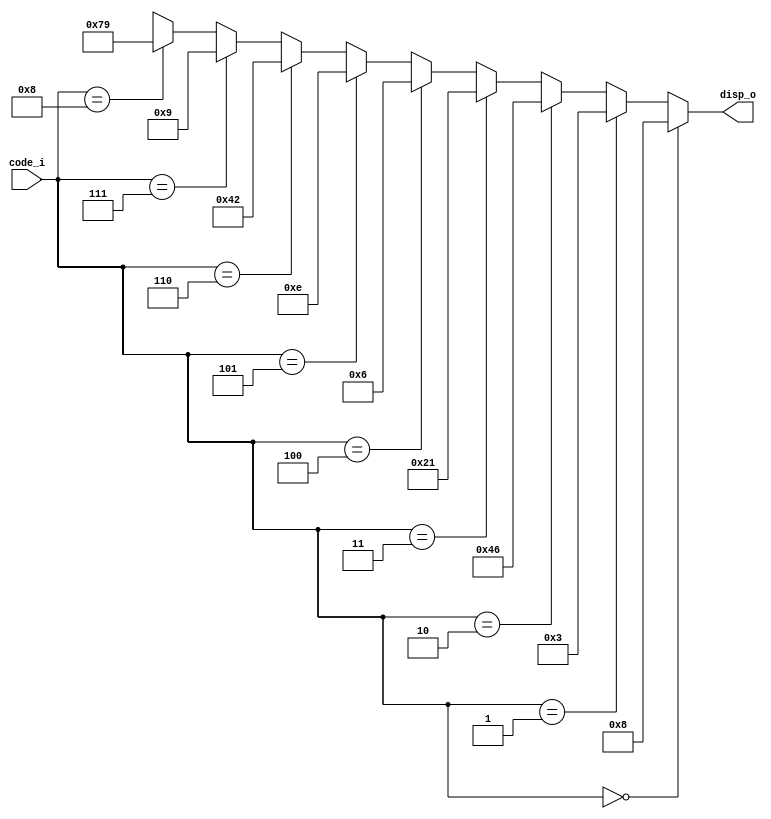
// CPEN230L lab 11, convert binary 1..9 to A..I on a 7-segment display
// Gabe DiMartino 12/5/23

module a2i7seg (
  input  [3:0] code_i,
  output [6:0] disp_o );

assign disp_o = (code_i == 4'd0) ? 7'b0001000 : // A
                (code_i == 4'd1) ? 7'b0000011 : // b
                (code_i == 4'd2) ? 7'b1000110 : // C
                (code_i == 4'd3) ? 7'b0100001 : // d
                (code_i == 4'd4) ? 7'b0000110 : // E
                (code_i == 4'd5) ? 7'b0001110 : // F
                (code_i == 4'd6) ? 7'b1000010 : // G 
                (code_i == 4'd7) ? 7'b0001001 : // H
                (code_i == 4'd8) ? 7'b1111001 : // I
                                     7'bxxxxxxx;
endmodule